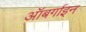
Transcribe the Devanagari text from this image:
ऑबर्गाइन